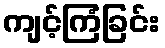
ကျင့်ကြံခြင်း